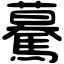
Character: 驀